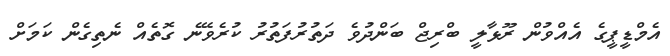
އެމްޑީޕީގެ އެއްވުން ރޫޅާލީ ބްރިޖް ބަންދުވެ ދަތުރުފަތުރު ކުރެވޭނެ ގޮތެއް ނެތިގެން ކަމަށް